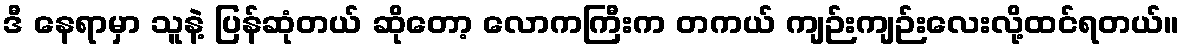
ဒီ နေရာမှာ သူနဲ့ ပြန်ဆုံတယ် ဆိုတော့ လောကကြီးက တကယ် ကျဉ်းကျဉ်းလေးလို့ထင်ရတယ်။